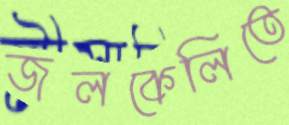
জলকেলিতে